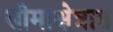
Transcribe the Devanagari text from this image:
सीमाक्षेत्रात